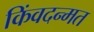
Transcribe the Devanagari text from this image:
किंवदन्मत